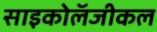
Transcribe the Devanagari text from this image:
साइकोलॅजीकल